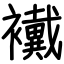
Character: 襶